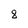
Character: 8